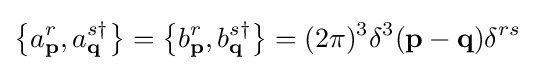
\left\{a_{\mathbf {p} }^{r},a_{\mathbf {q} }^{s\dagger }\right\}=\left\{b_{\mathbf {p} }^{r},b_{\mathbf {q} }^{s\dagger }\right\}=(2\pi )^{3}\delta ^{3}(\mathbf {p} -\mathbf {q} )\delta ^{rs}